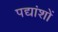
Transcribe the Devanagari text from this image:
पद्यांशों